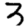
Digit: 3